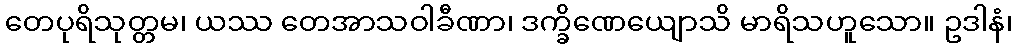
တေပုရိသုတ္တမ၊ ယဿ တေအာသဝါခီဏာ၊ ဒက္ခိဏေယျောသိ မာရိသဟူသော။ ဥဒါနံ၊